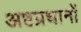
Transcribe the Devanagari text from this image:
अष्टप्रधानों